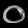
Digit: ၀